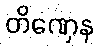
တိဏှေန